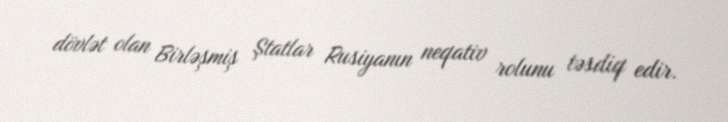
dövlət olan Birləşmiş Ştatlar Rusiyanın neqativ rolunu təsdiq edir.